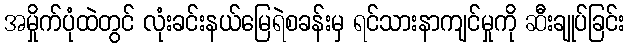
အမှိုက်ပုံထဲတွင် လုံးခင်းနယ်မြေရဲစခန်းမှ ရင်သားနာကျင်မှုကို ဆီးချုပ်ခြင်း